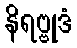
နိရဗ္ဗုဒံ